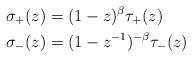
LaTeX: \begin{align*}\begin{aligned}\sigma_{+}(z) &= (1-z)^{\beta}\tau_{+}(z) \\\sigma_{-}(z) &= (1-z^{-1})^{-\beta}\tau_{-}(z)\end{aligned}\end{align*}